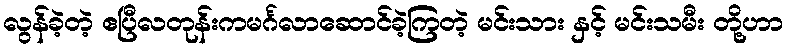
လွန်ခဲ့တဲ့ ဧပြီလတုန်းကမင်္ဂလာဆောင်ခဲ့ကြတဲ့ မင်းသား နှင့် မင်းသမီး တို့ဟာ